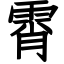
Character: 霄